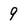
Character: 9